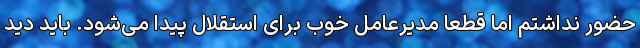
حضور نداشتم اما قطعا مدیرعامل خوب برای استقلال پیدا می‌شود. باید دید